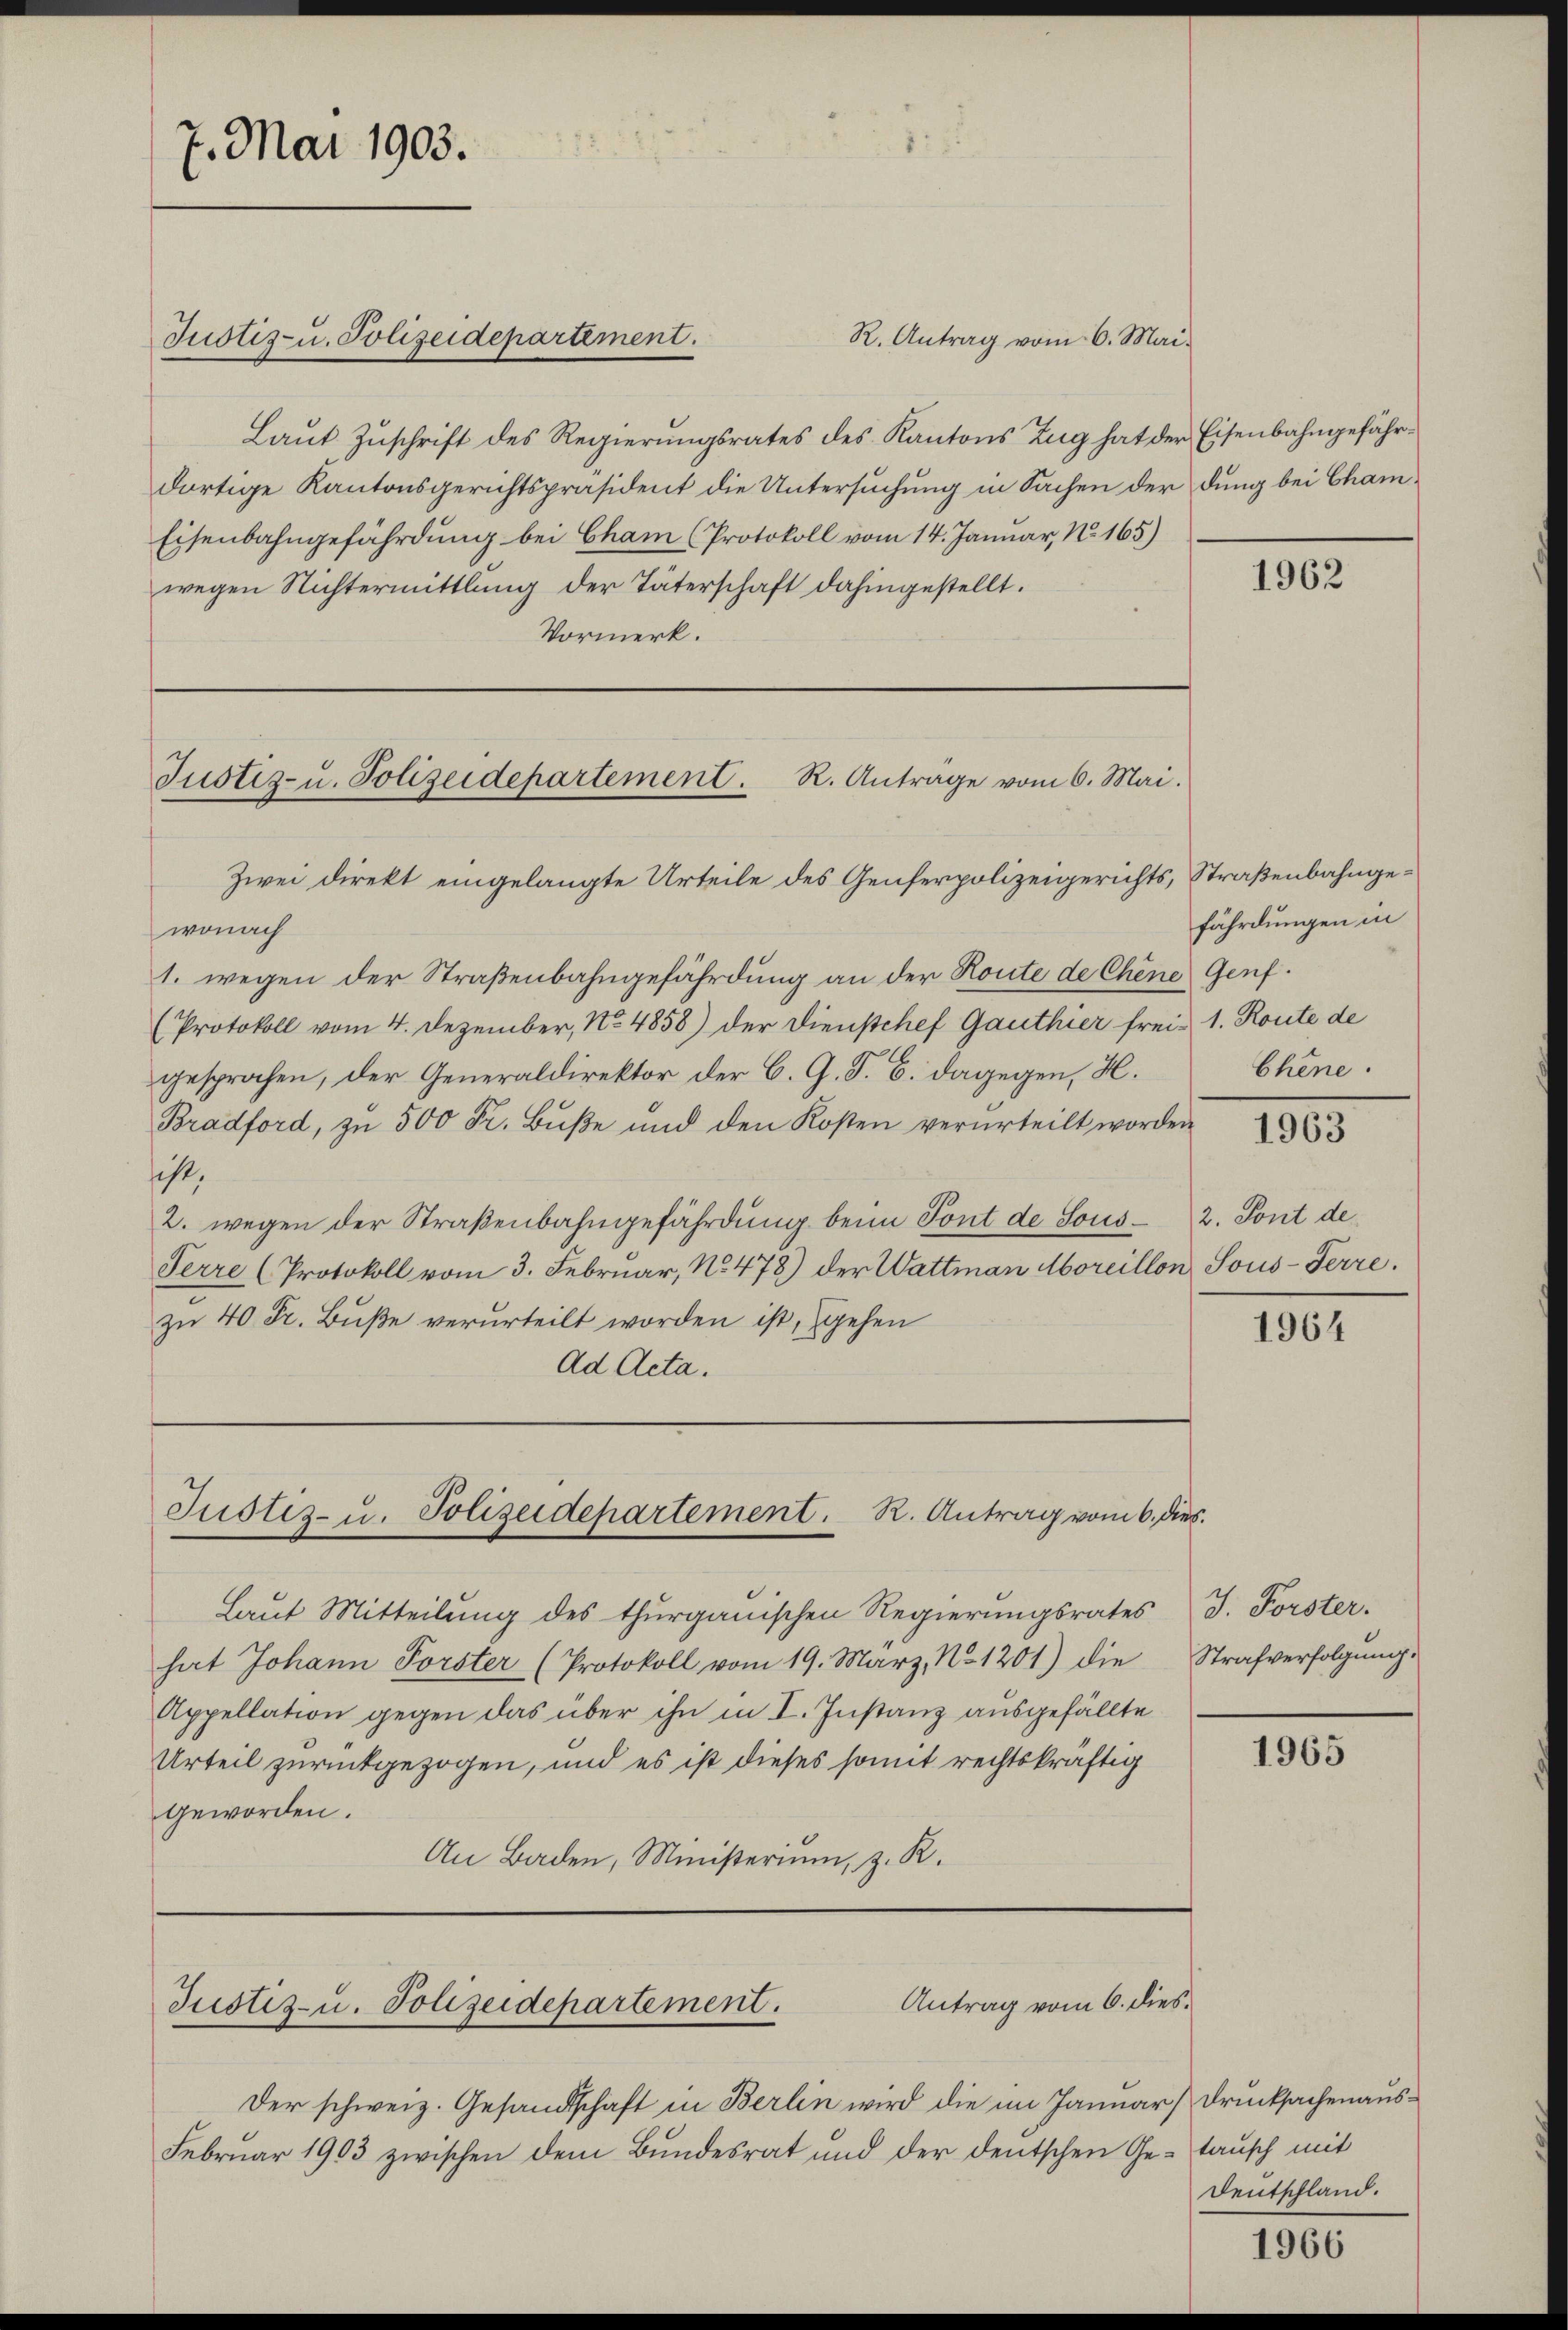
7. Mai 1903.

Justiz- u. Polizeidepartement.

Laŭt Zŭschrift des Regierungsrates des Kantons Zug hat der Eisenbahngefährdortige Kantonsgerichtspräsident die Untersuchung in Sachen der dung bei Cham¬
Eisenbahngefährdung bei Cham (Protokoll vom 14. Januar, No. 165)
wegen Nichtermittlung der Täterschaft dahingestellt.
Vormerk.

R. Antrag vom 6. Mai

Justiz- u. Polizeidepartement. R. Anträge vom 6. Mai.

Zwei direkt eingelangte Urteile des Genferpolizeigerichts, Straßenbahnge¬

Justiz- u. Polizeidepartement. R. Antrag vom 6. dies

Antrag vom 6. dies¬
Justiz- u. Polizeidepartement.

Der schweiz. Gesandtschaft in Berlin wird die im Januar Drucksachenaus¬
Februar 1903 zwischen dem Bŭndesrat und der deutschen Ge- Taŭsch mit

wonach
1. wegen der Straßenbahngefährdung an der Route de Chene Genf.
(Protokoll vom 4. Dezember, No 4858) der Dienstchef Gauthier frei- 1. Route de
gesprochen, der Generaldirektor der C. G. S. B. dagegen, H.
Bradford, zu 500 Fr. Bŭβe und den Kosten verurteilt worden
scht,
2. wegen der Straßenbahngefährdung beim Tont de Sous- 2. Pont de
Perre (Protokoll vom 3. Februar, No. 478) der Wattman Moreillon Sous-Terre.
zu 40 Fr. Buße verurteilt worden ist, gehen
Ad Acta.

Laut Mitteilung des thurgauischen Regierungsrates J. Forster.
hat Johann Forster (Protokoll vom 19. März, No 1201) die
Appellation gegen das über ihn in I. Instanz ausgefällte
Urteil zurückgezogen, und es ist dieses somit rechtskräftig
geworden.
An Baden, Ministerium, z. R.

fährdungen in
Chine.

1962

III

1964

Strafverfolgung.

1965

Deutschland.

1966